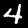
Label: 4